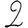
Digit: 2